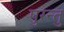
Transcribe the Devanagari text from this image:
पुरन्तु